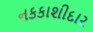
નકકાશીદાર